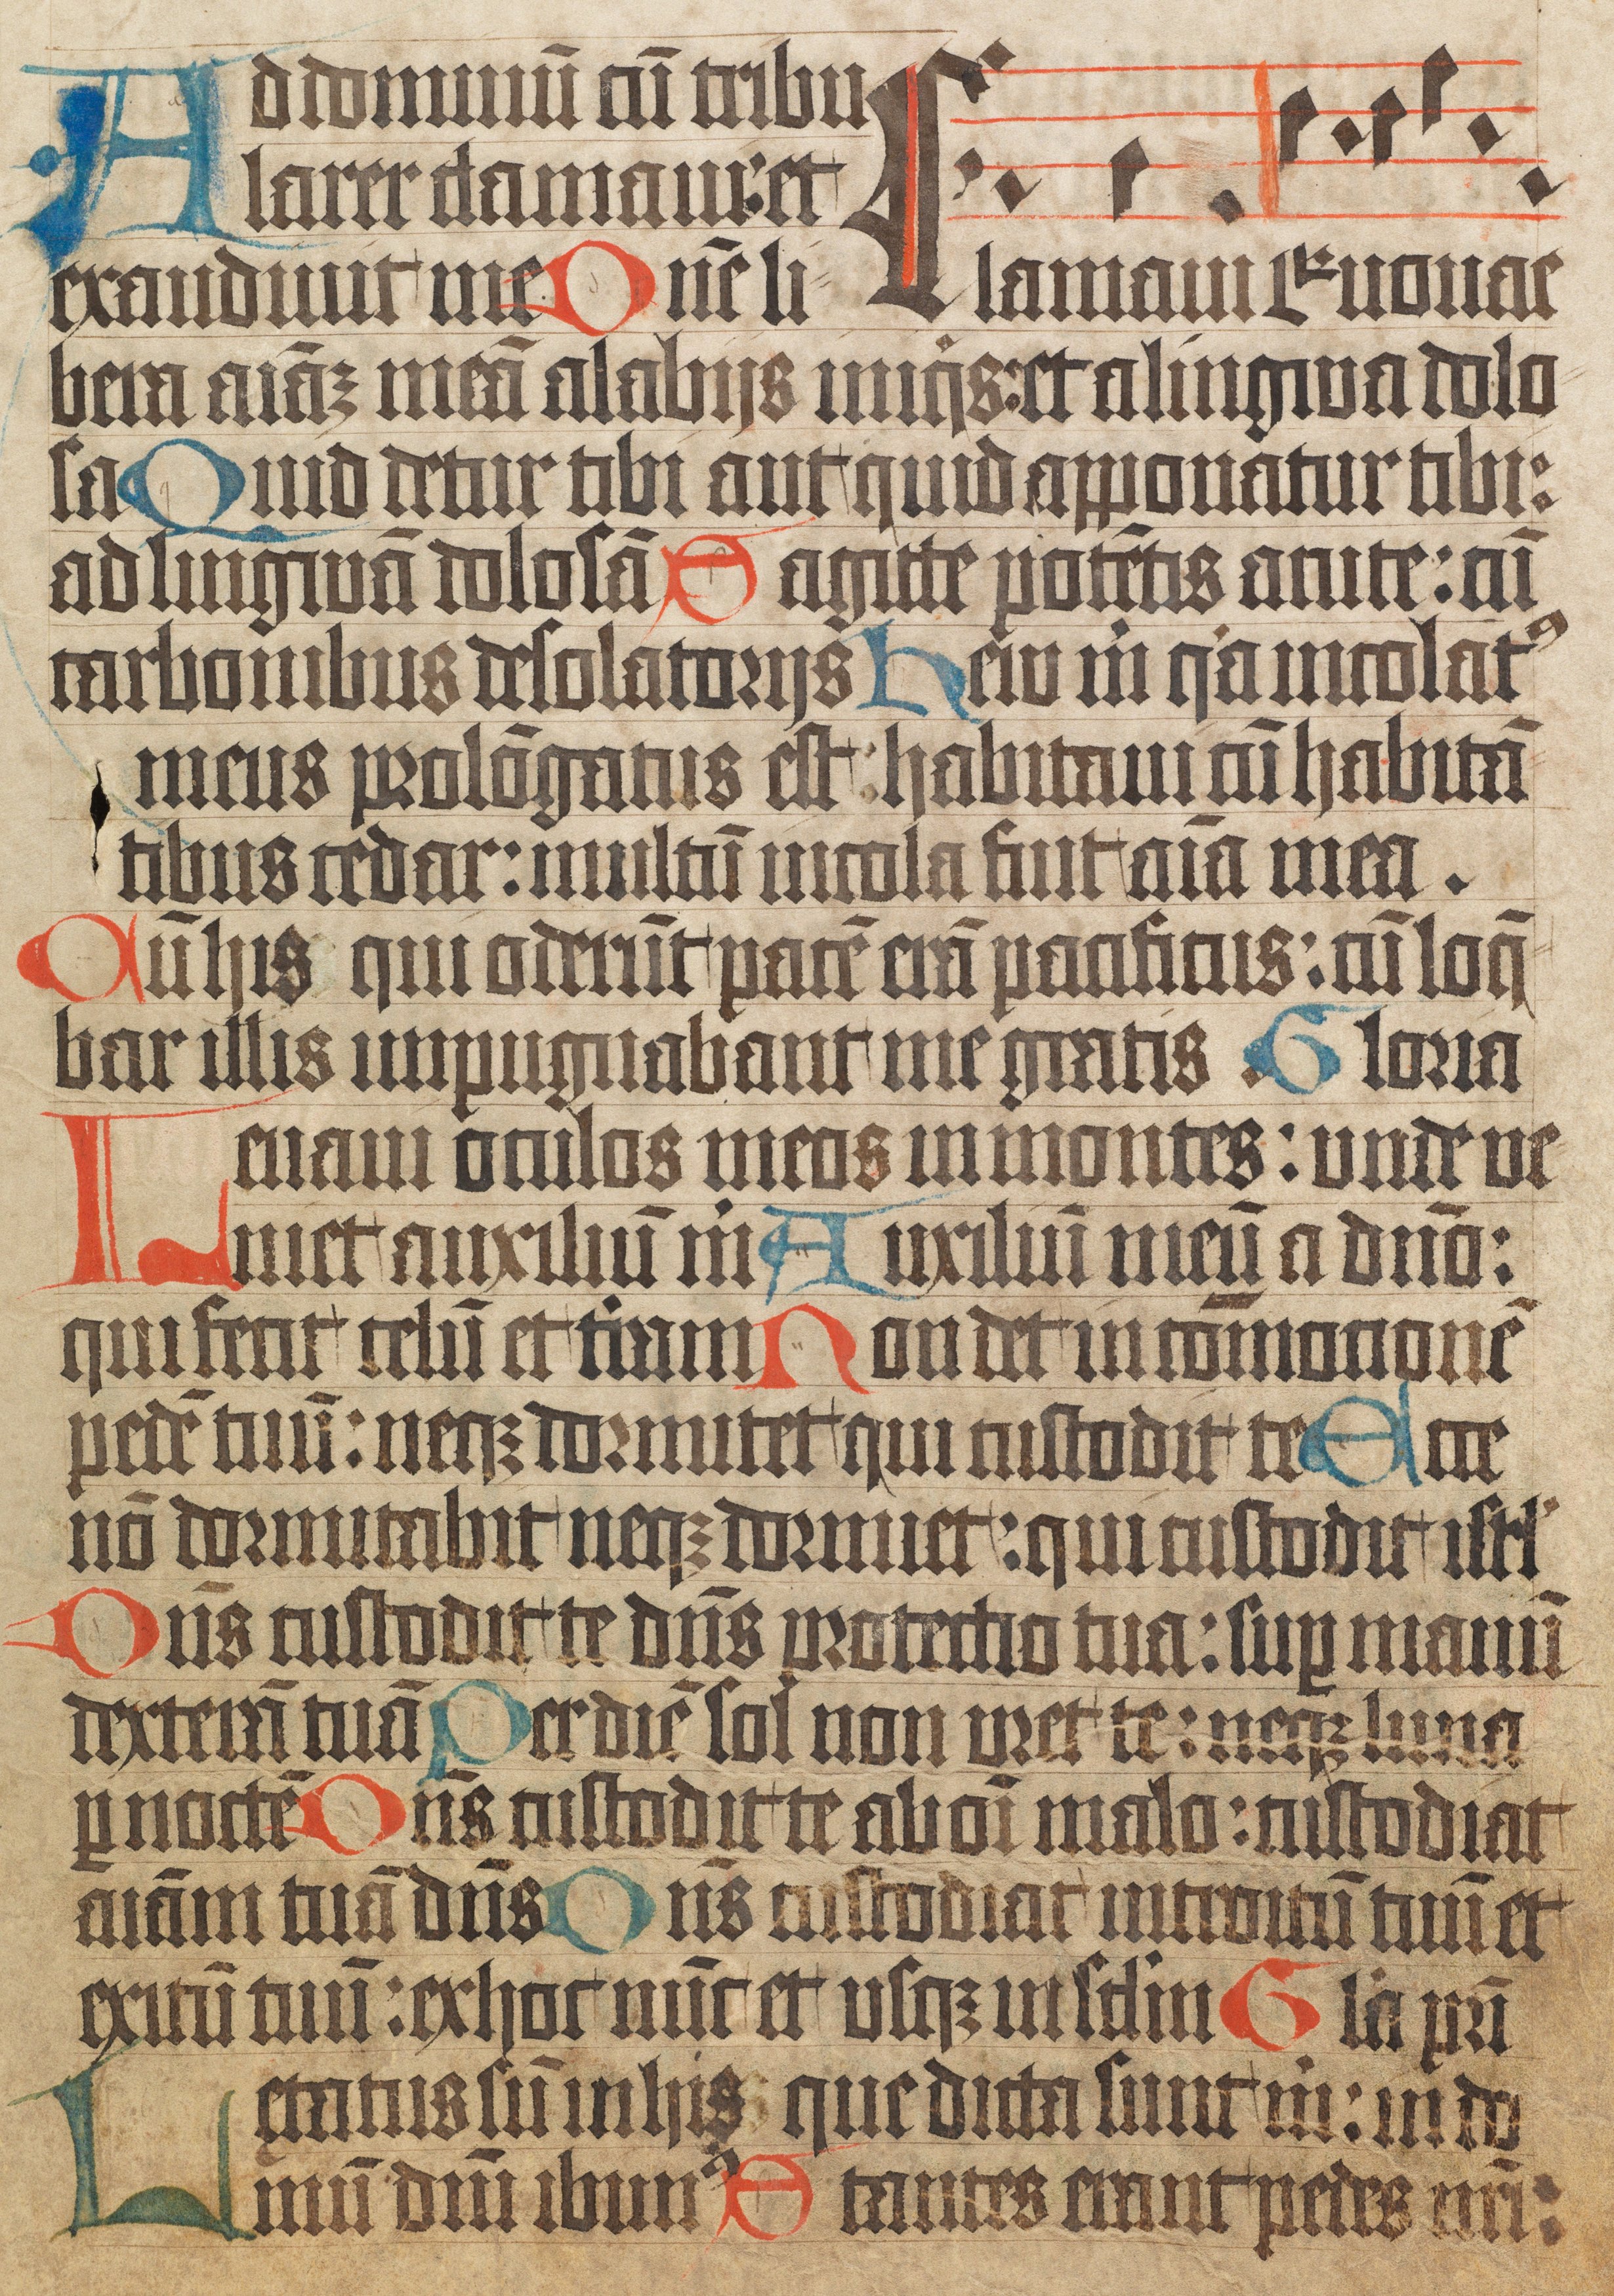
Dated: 1400–1499